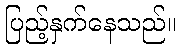
ပြည့်နှက်နေသည်။